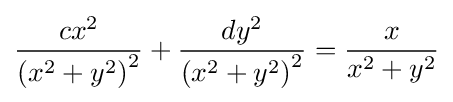
{\frac {cx^{2}}{\left(x^{2}+y^{2}\right)^{2}}}+{\frac {dy^{2}}{\left(x^{2}+y^{2}\right)^{2}}}={\frac {x}{x^{2}+y^{2}}}